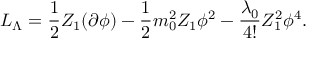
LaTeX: { \cal { L } } _ { \Lambda } = \frac { 1 } { 2 } Z _ { 1 } ( \partial \phi ) - \frac { 1 } { 2 } m _ { 0 } ^ { 2 } Z _ { 1 } \phi ^ { 2 } - \frac { \lambda _ { 0 } } { 4 ! } Z _ { 1 } ^ { 2 } \phi ^ { 4 } .